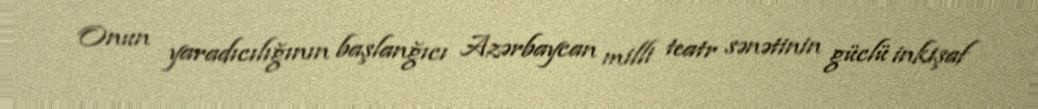
Onun yaradıcılığının başlanğıcı Azərbaycan milli teatr sənətinin güclü inkişaf